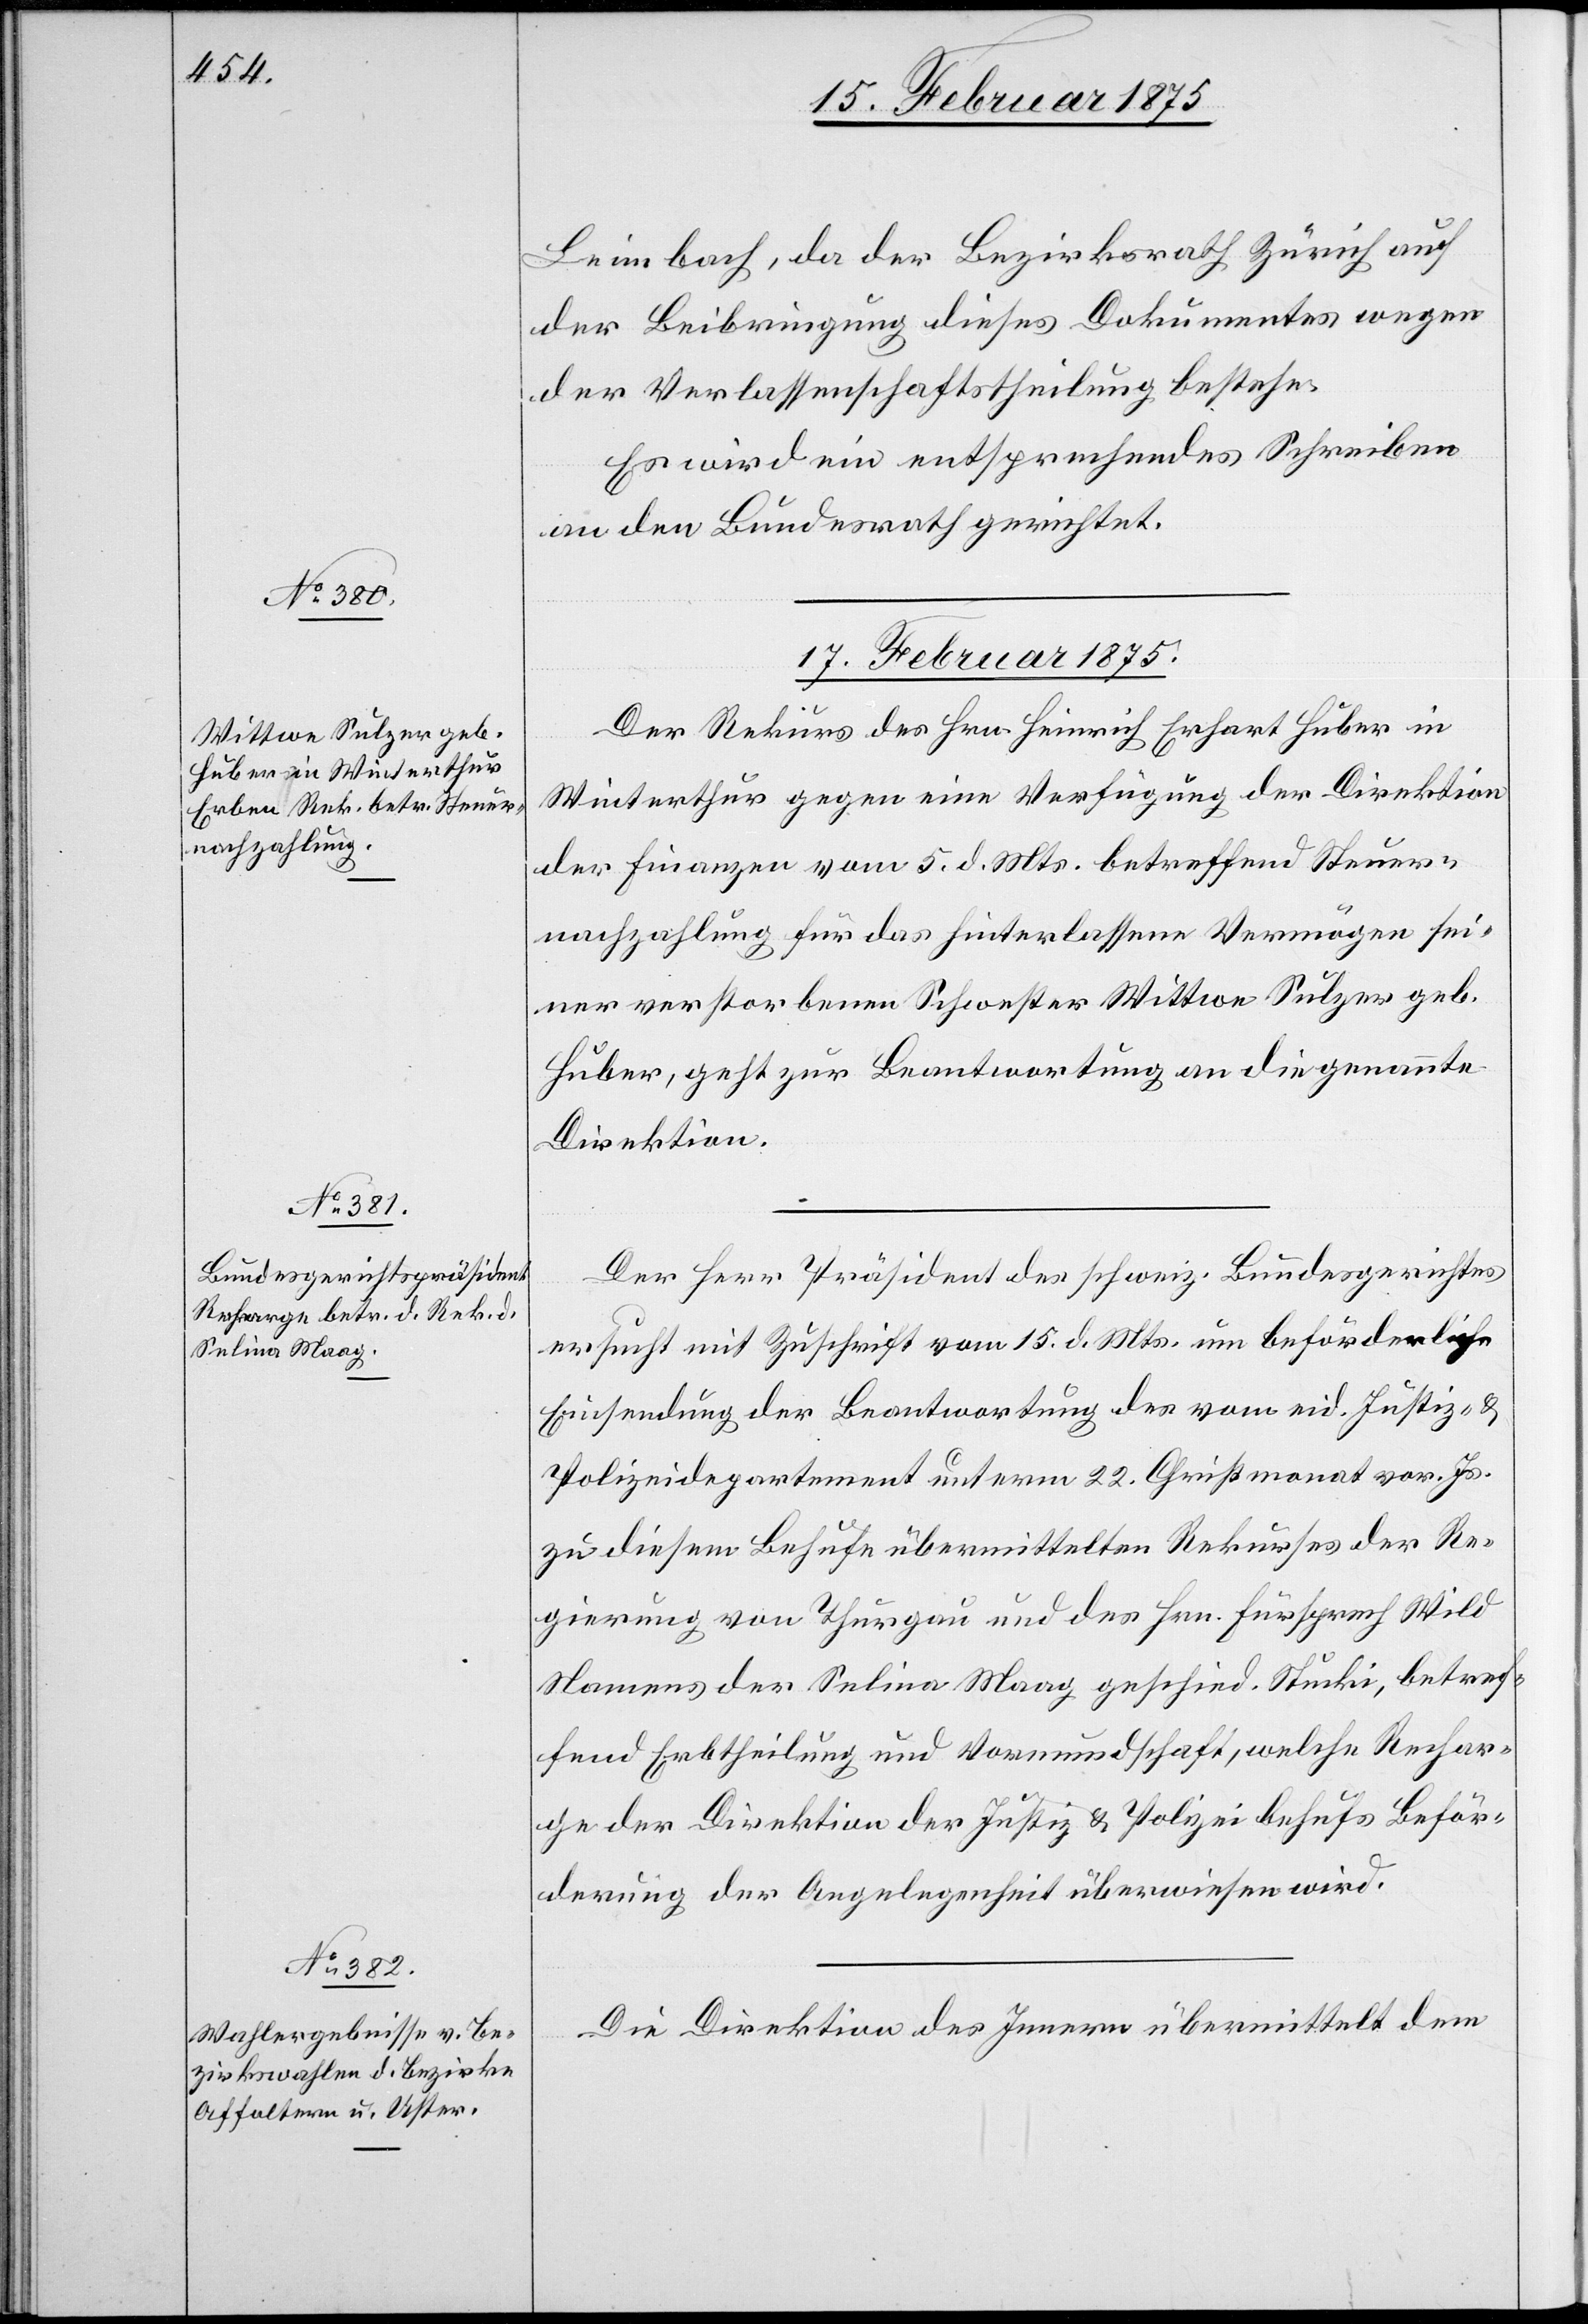
Leimbach, da der Bezirksrath Zürich auf
der Beibringung dieses Dokumentes wegen
der Verlassenschaftstheilung bestehe.
Es wird ein entsprechendes Schreiben
an den Bundesrath gerichtet.
17. Februar 1875.]
Der Rekurs des Hrn. Heinrich Erhart Huber in
Winterthur gegen eine Verfügung der Direktion
der Finanzen vom 5. d. Mts. betreffend Steuer¬
nachzahlung für das hinterlassene Vermögen sei¬
ner verstorbenen Schwester Wittwe Sulzer geb.
Huber, geht zur Beantwortung an die genannte
Direktion.
Der Herr Präsident des schweiz. Bundesgerichtes
ersucht mit Zuschrift vom 15. d. Mts. um beförderliche
Einsendung der Beantwortung des vom eid. Justiz- &
Polizeidepartement unterm 22. Christmonat vor. Js.
zu diesem Behufe übermittelten Rekurses der Re¬
gierung von Thurgau und des Hrn. Fürsprech Wild
Namens der Selina Maag geschied. Stucki, betref¬
fend Erbtheilung und Vormundschaft, welche Rechar¬
ge der Direktion der Justiz & Polizei behufs Beför¬
derung der Angelegenheit überwiesen wird.
Die Direktion des Innern übermittelt dem